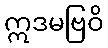
ဣဒမဗြဝိ